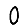
Digit: 0